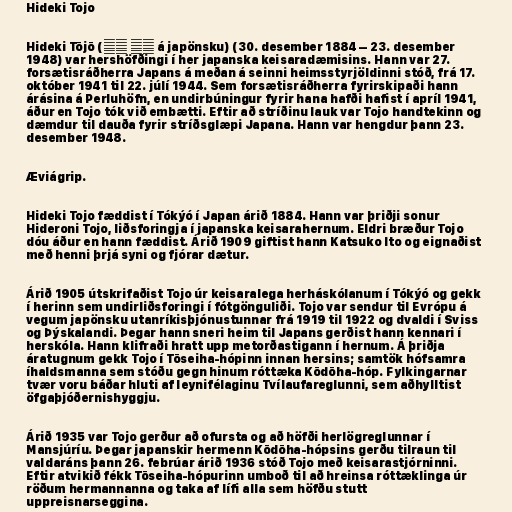
Hideki Tojo

Hideki Tōjō (東條 英機 á japönsku) (30. desember 1884 – 23. desember
1948) var hershöfðingi í her japanska keisaradæmisins. Hann var 27.
forsætisráðherra Japans á meðan á seinni heimsstyrjöldinni stóð, frá 17.
október 1941 til 22. júlí 1944. Sem forsætisráðherra fyrirskipaði hann
árásina á Perluhöfn, en undirbúningur fyrir hana hafði hafist í apríl 1941,
áður en Tojo tók við embætti. Eftir að stríðinu lauk var Tojo handtekinn og
dæmdur til dauða fyrir stríðsglæpi Japana. Hann var hengdur þann 23.
desember 1948.

Æviágrip.

Hideki Tojo fæddist í Tókýó í Japan árið 1884. Hann var þriðji sonur
Hideroni Tojo, liðsforingja í japanska keisarahernum. Eldri bræður Tojo
dóu áður en hann fæddist. Árið 1909 giftist hann Katsuko Ito og eignaðist
með henni þrjá syni og fjórar dætur.

Árið 1905 útskrifaðist Tojo úr keisaralega herháskólanum í Tókýó og gekk
í herinn sem undirliðsforingi í fótgönguliði. Tojo var sendur til Evrópu á
vegum japönsku utanríkisþjónustunnar frá 1919 til 1922 og dvaldi í Sviss
og Þýskalandi. Þegar hann sneri heim til Japans gerðist hann kennari í
herskóla. Hann klifraði hratt upp metorðastigann í hernum. Á þriðja
áratugnum gekk Tojo í Tōseiha-hópinn innan hersins; samtök hófsamra
íhaldsmanna sem stóðu gegn hinum róttæka Kōdōha-hóp. Fylkingarnar
tvær voru báðar hluti af leynifélaginu Tvílaufareglunni, sem aðhylltist
öfgaþjóðernishyggju.

Árið 1935 var Tojo gerður að ofursta og að höfði herlögreglunnar í
Mansjúríu. Þegar japanskir hermenn Kōdōha-hópsins gerðu tilraun til
valdaráns þann 26. febrúar árið 1936 stóð Tojo með keisarastjórninni.
Eftir atvikið fékk Tōseiha-hópurinn umboð til að hreinsa róttæklinga úr
röðum hermannanna og taka af lífi alla sem höfðu stutt
uppreisnarseggina.